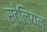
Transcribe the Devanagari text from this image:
स्टेलियन